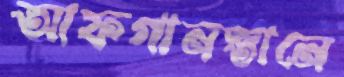
আফগানস্তানে